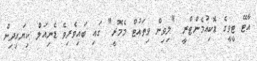
އާޓޭ ޓީވީގެ ޑޮކިއުމެންޓްރީ "ލިވިން ވިތައުޓް މެމޮރީ" ގައި ބައިވެރިވެ ޑެނިއަލް ކިޔައިދިން